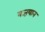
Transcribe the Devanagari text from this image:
वज्ऱयान